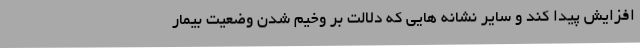
افزایش پیدا کند و سایر نشانه هایی که دلالت بر وخیم شدن وضعیت بیمار